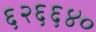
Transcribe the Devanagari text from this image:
६२६६४०